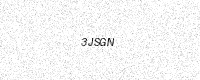
Text: 3JSGN